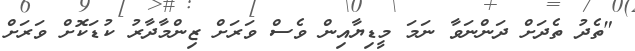
"ތެދު ތެދަށް ދަންނަވާ ނަމަ މީޑިޔާއިން ވެސް ވަރަށް ޒިންމާދާރު ކުޑަކޮށް ވަރަށް